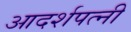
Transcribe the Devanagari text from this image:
आदर्शपत्नी